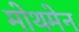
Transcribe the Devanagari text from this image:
मोथमेन